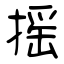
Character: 摇